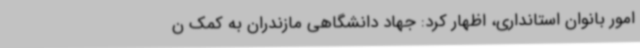
امور بانوان استانداری، اظهار کرد: جهاد دانشگاهی مازندران به کمک ن